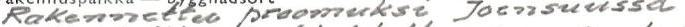
Rakennettu proomuksi Joensuussa